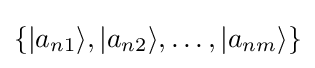
\{|a_{n1}\rangle ,|a_{n2}\rangle ,\dots ,|a_{nm}\rangle \}